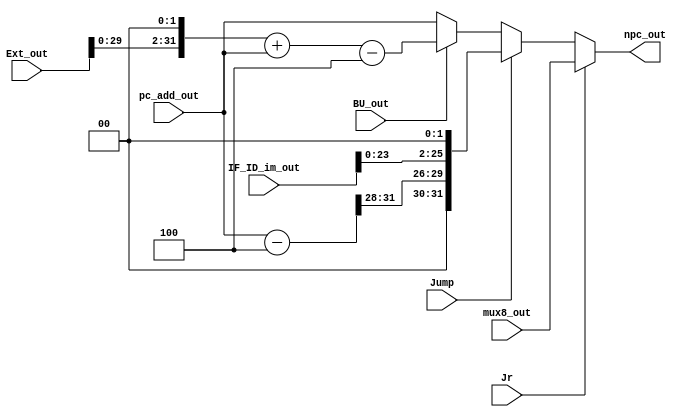
module npc (
    input              Jr,                  // use jr, jump register
    input              Jump,                // use jump, jump addr 
    input              BU_out,              // use branch, jump base + ext_out
    input      [31: 0] pc_add_out,
    input      [31: 0] IF_ID_im_out,        // im_out,  for jump
    input      [31: 0] Ext_out,             // Ext out, for branch
    input      [31: 0] mux8_out,            // GPR[rs], for jr
    output reg [31: 0] npc_out
);
    reg        [31: 0] PC;                  // resume the origin current pc value

    always @(*) begin
        if (Jr) begin
            npc_out = mux8_out;
        end
        else if (Jump) begin
            PC = pc_add_out - 4;
            npc_out = {PC[31:28], {IF_ID_im_out[25: 0] << 2}};
        end
        else if (BU_out) begin
            npc_out = (Ext_out << 2) + pc_add_out - 4;
        end
        else begin
            npc_out = pc_add_out;
        end
    end

endmodule // npc